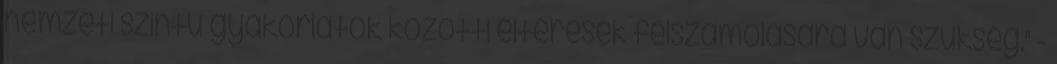
nemzeti szintű gyakorlatok közötti eltérések felszámolására van szükség." -